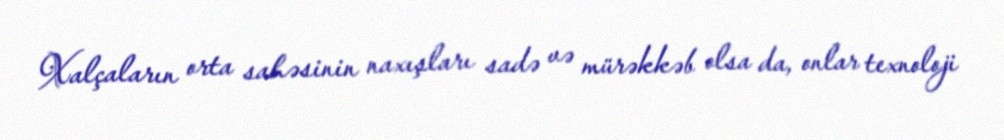
Xalçaların orta sahəsinin naxışları sadə və mürəkkəb olsa da, onlar texnoloji